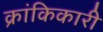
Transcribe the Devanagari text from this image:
क्रांकिकारी